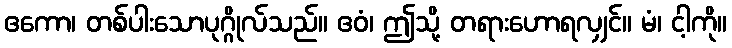
ဧကော၊ တစ်ပါးသောပုဂ္ဂိုလ်သည်။ ဧဝံ၊ ဤသို့ တရားဟောရလျှင်။ မံ၊ ငါ့ကို။